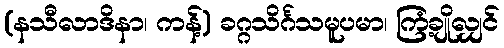
(နသီလာဒိနာ၊ ကန့်) ခဂ္ဂသိင်္ဂသမူပမာ၊ ကြံ့ချိုလျှင်